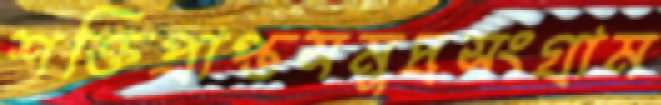
শক্তিপ্রাপ্তসমুদ্রসংগ্রাম